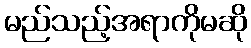
မည်သည့်အရာကိုမဆို